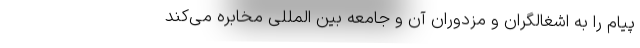
پیام را به اشغالگران و مزدوران آن و جامعه بین المللی مخابره می‌کند